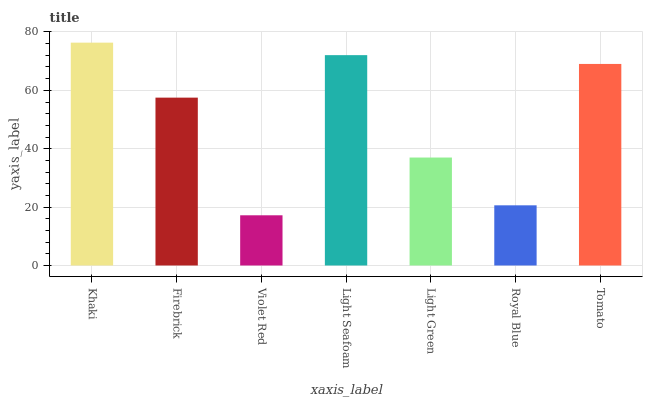
| xaxis_label | bars |
 | --- | --- |
 | Khaki | 76.3 |
 | Firebrick | 57.5 |
 | Violet Red | 17.2 |
 | Light Seafoam | 72.1 |
 | Light Green | 37 |
 | Royal Blue | 20.6 |
 | Tomato | 69 |